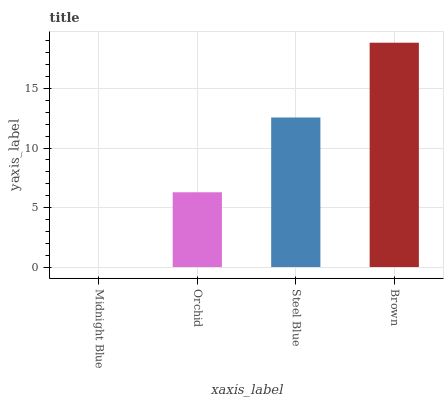
| xaxis_label | bars |
 | --- | --- |
 | Midnight Blue | 0 |
 | Orchid | 6.28 |
 | Steel Blue | 12.6 |
 | Brown | 18.9 |